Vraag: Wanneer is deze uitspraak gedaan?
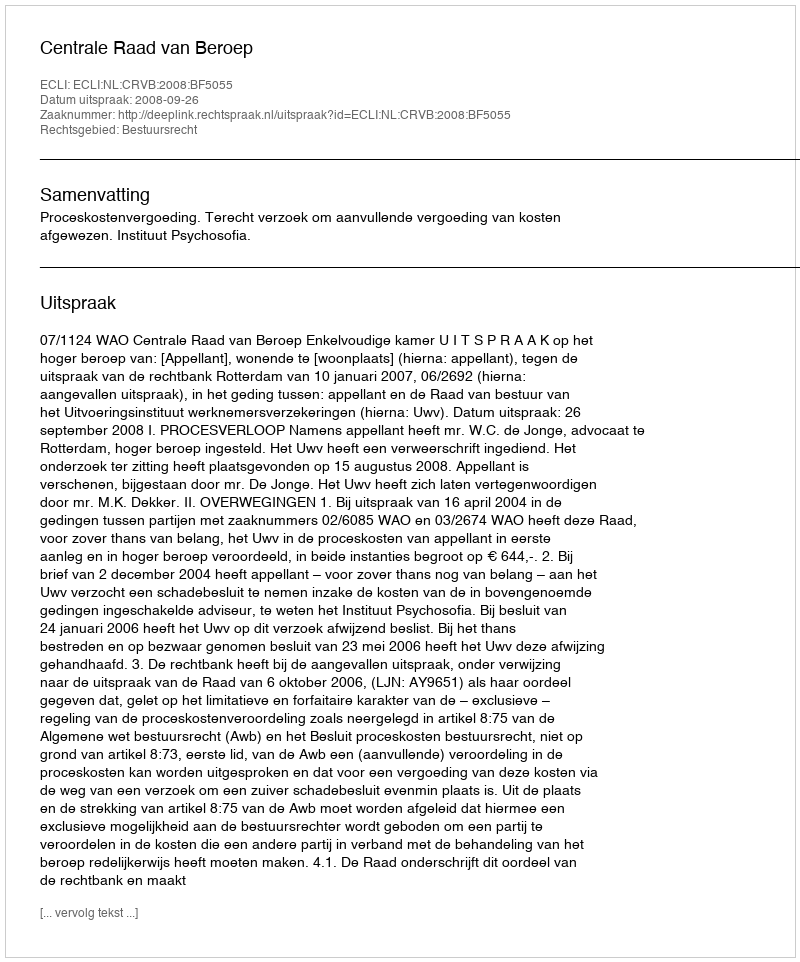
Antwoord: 2008-09-26